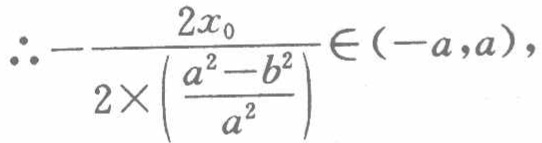
\(\therefore -\frac{2x_{0}}{2\times\left(\frac{a^{2}-b^{2}}{a^{2}}\right)}\in (-a,a)\)